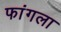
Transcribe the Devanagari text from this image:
फांगला